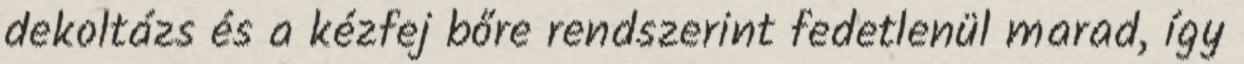
dekoltázs és a kézfej bőre rendszerint fedetlenül marad, így